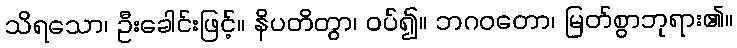
သိရသော၊ ဦးခေါင်းဖြင့်။ နိပတိတွာ၊ ဝပ်၍။ ဘဂဝတော၊ မြတ်စွာဘုရား၏။